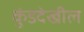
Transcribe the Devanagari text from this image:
कुंडदेखील